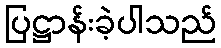
ပြဋ္ဌာန်းခဲ့ပါသည်